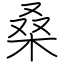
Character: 桑